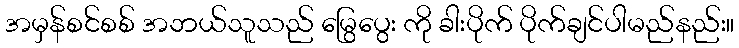
အမှန်စင်စစ် အဘယ်သူသည် မြွေပွေး ကို ခါးပိုက် ပိုက်ချင်ပါမည်နည်း။